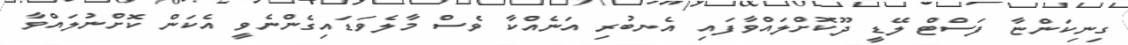
ގިނިކަންޏާ ފަސްޓް ލޭޑީ ދޫކޮށްލައްވާފައި އެނބުރި އަނެއްކާ ވެސް މާލެވަޑައިގެންނެވީ އެކަން ކޮށްނުލައްވާ